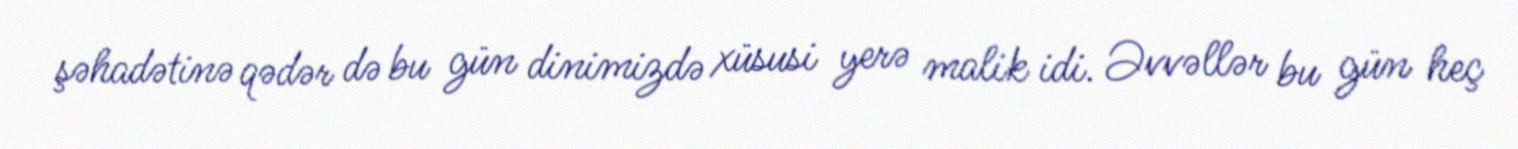
şəhadətinə qədər də bu gün dinimizdə xüsusi yerə malik idi. Əvvəllər bu gün heç